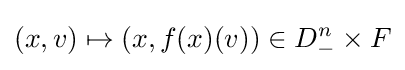
(x,v)\mapsto (x,f(x)(v))\in D_{-}^{n}\times F